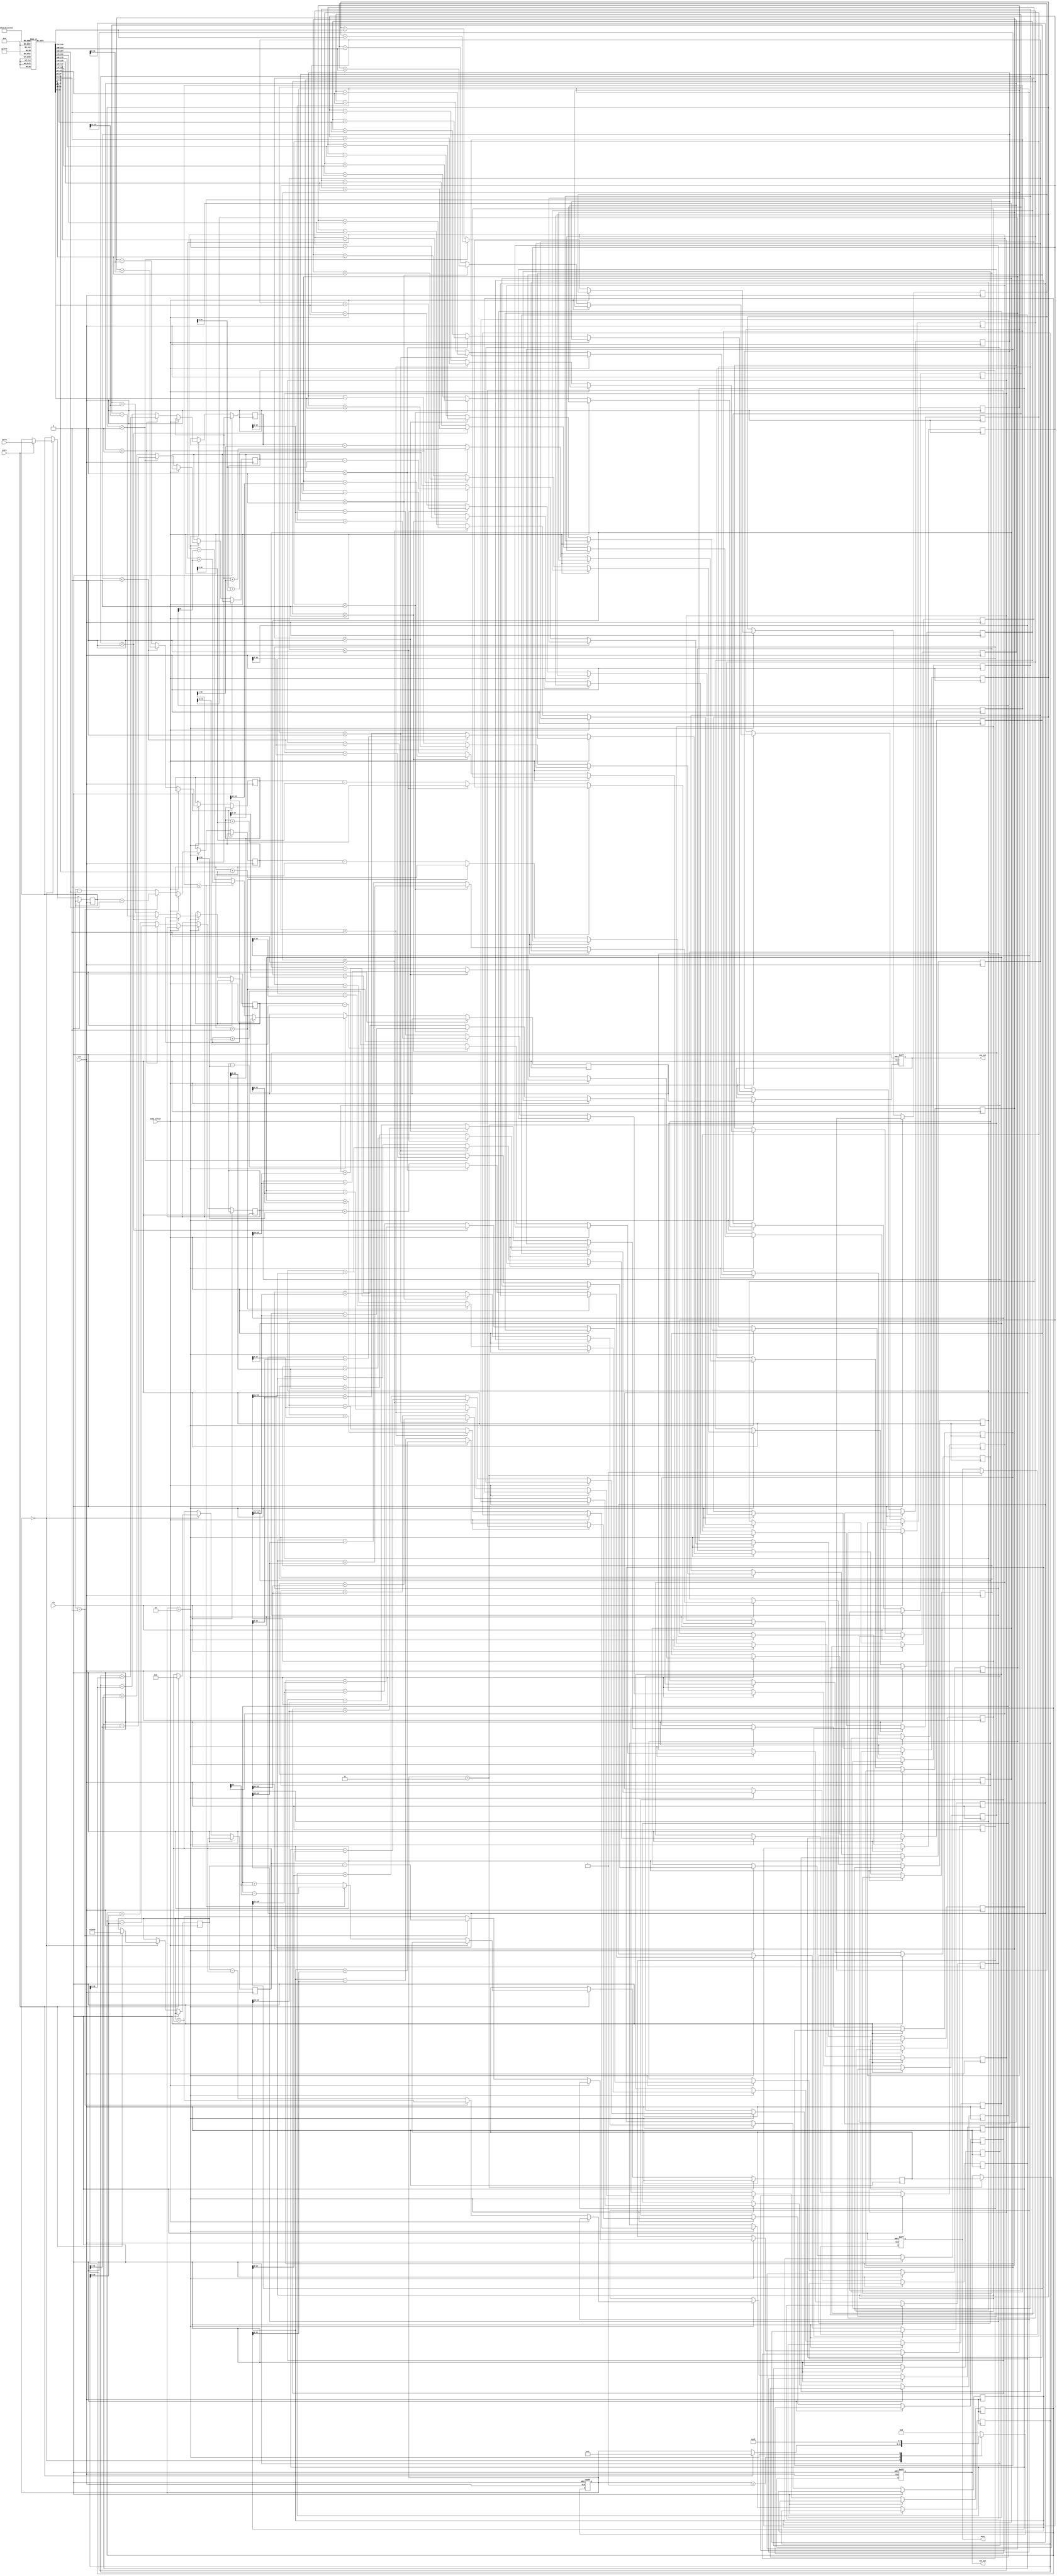
module cordic (
    input wire clk,
    input wire rst,
    input wire [15:0] theta,    // Angle input (in radians scaled)
    input wire mode_select,      // Mode select: 0 = rotation, 1 = vectoring
    input wire start,            // Start signal for computation
    output reg signed [15:0] sin_out, // Sine output
    output reg signed [15:0] cos_out, // Cosine output
    output reg done              // Done signal to indicate completion
);

    // Constants for CORDIC
    parameter N = 16;             // Number of iterations
    reg signed [15:0] x[N:0];     // X coordinate
    reg signed [15:0] y[N:0];     // Y coordinate
    reg signed [15:0] z[N:0];     // Angle (theta) 

    // Lookup table for arctan values (scaled)
    reg signed [15:0] atan_lut[N-1:0];
    initial begin
        atan_lut[0] = 16'h2000; // atan(2^-0)
        atan_lut[1] = 16'h1000; // atan(2^-1)
        atan_lut[2] = 16'h0800; // atan(2^-2)
        atan_lut[3] = 16'h0400; // atan(2^-3)
        // Continue defining values for more iterations...
        // Fill LUT with other precomputed arctangent values
    end

    // Scaling factor values (constants)
    reg signed [15:0] K;
    initial begin
        K = 16'h26DD; // Scaling factor after N iterations (approx)
    end

    // State machine for the CORDIC operation
    reg [3:0] state;
    localparam IDLE = 0, INIT = 1, EXECUTE = 2, DONE = 3;

    integer i;

    always @(posedge clk or posedge rst) begin
        if (rst) begin
            // Reset state
            state <= IDLE;
            done <= 0;
            sin_out <= 0;
            cos_out <= 0;
        end else begin
            case (state)
                IDLE: begin
                    if (start) begin
                        // Initialize values
                        x[0] <= K;   // Initial x = K
                        y[0] <= 0;   // Initial y = 0
                        z[0] <= theta; // Load theta
                        state <= INIT;
                    end
                end

                INIT: begin
                    // Start the iterations in EXECUTE state
                    state <= EXECUTE;
                end
                
                EXECUTE: begin
                    for (i = 0; i < N; i = i + 1) begin
                        if (mode_select == 1'b0) begin
                            // Rotation mode
                            if (z[i] < 0) begin
                                x[i+1] <= x[i] + (y[i] >>> i);
                                y[i+1] <= y[i] - (x[i] >>> i);
                                z[i+1] <= z[i] + atan_lut[i];
                            end else begin
                                x[i+1] <= x[i] - (y[i] >>> i);
                                y[i+1] <= y[i] + (x[i] >>> i);
                                z[i+1] <= z[i] - atan_lut[i];
                            end
                        end else begin
                            // Vectoring mode (for tangent)
                            // Similar implementation but adjusting based on the operation
                        end
                    end
                    state <= DONE;
                end

                DONE: begin
                    sin_out <= y[N]; // Final sine output
                    cos_out <= x[N]; // Final cosine output
                    done <= 1;       // Indicate completion
                    state <= IDLE;   // Return to IDLE
                end

                default: state <= IDLE; // State machine safe state
            endcase
        end
    end
endmodule